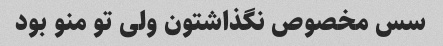
سس مخصوص نگذاشتون ولی تو منو بود